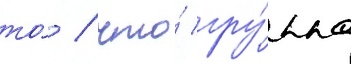
то́ / что́ гру́ппа